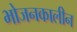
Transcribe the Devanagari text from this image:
भोजनकालीन